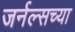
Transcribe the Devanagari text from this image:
जर्नल्सच्या